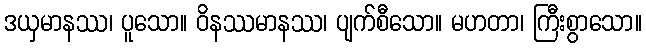
ဒယှမာနဿ၊ ပူသော။ ဝိနဿမာနဿ၊ ပျက်စီသော။ မဟတာ၊ ကြီးစွာသော။